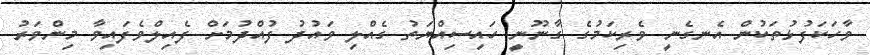
ވާހަކަފުޅުތަކުން އެނގެނީ ވެރިކަމުގެ ގާނޫނީ ހައިސިއްޔަތު ގެއްލި ވައުދު ފުއްދުމަށް ފެއިލްވެފައިވާ މިންވަރު